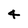
Character: 4